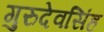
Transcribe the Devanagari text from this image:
गुरुदेवसिंह